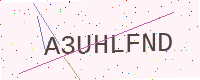
Text: A3UHLFND